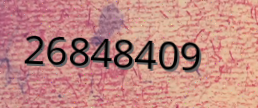
26848409